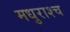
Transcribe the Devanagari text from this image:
मधुराश्च